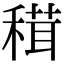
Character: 穁